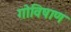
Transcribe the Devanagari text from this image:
गोविषाण